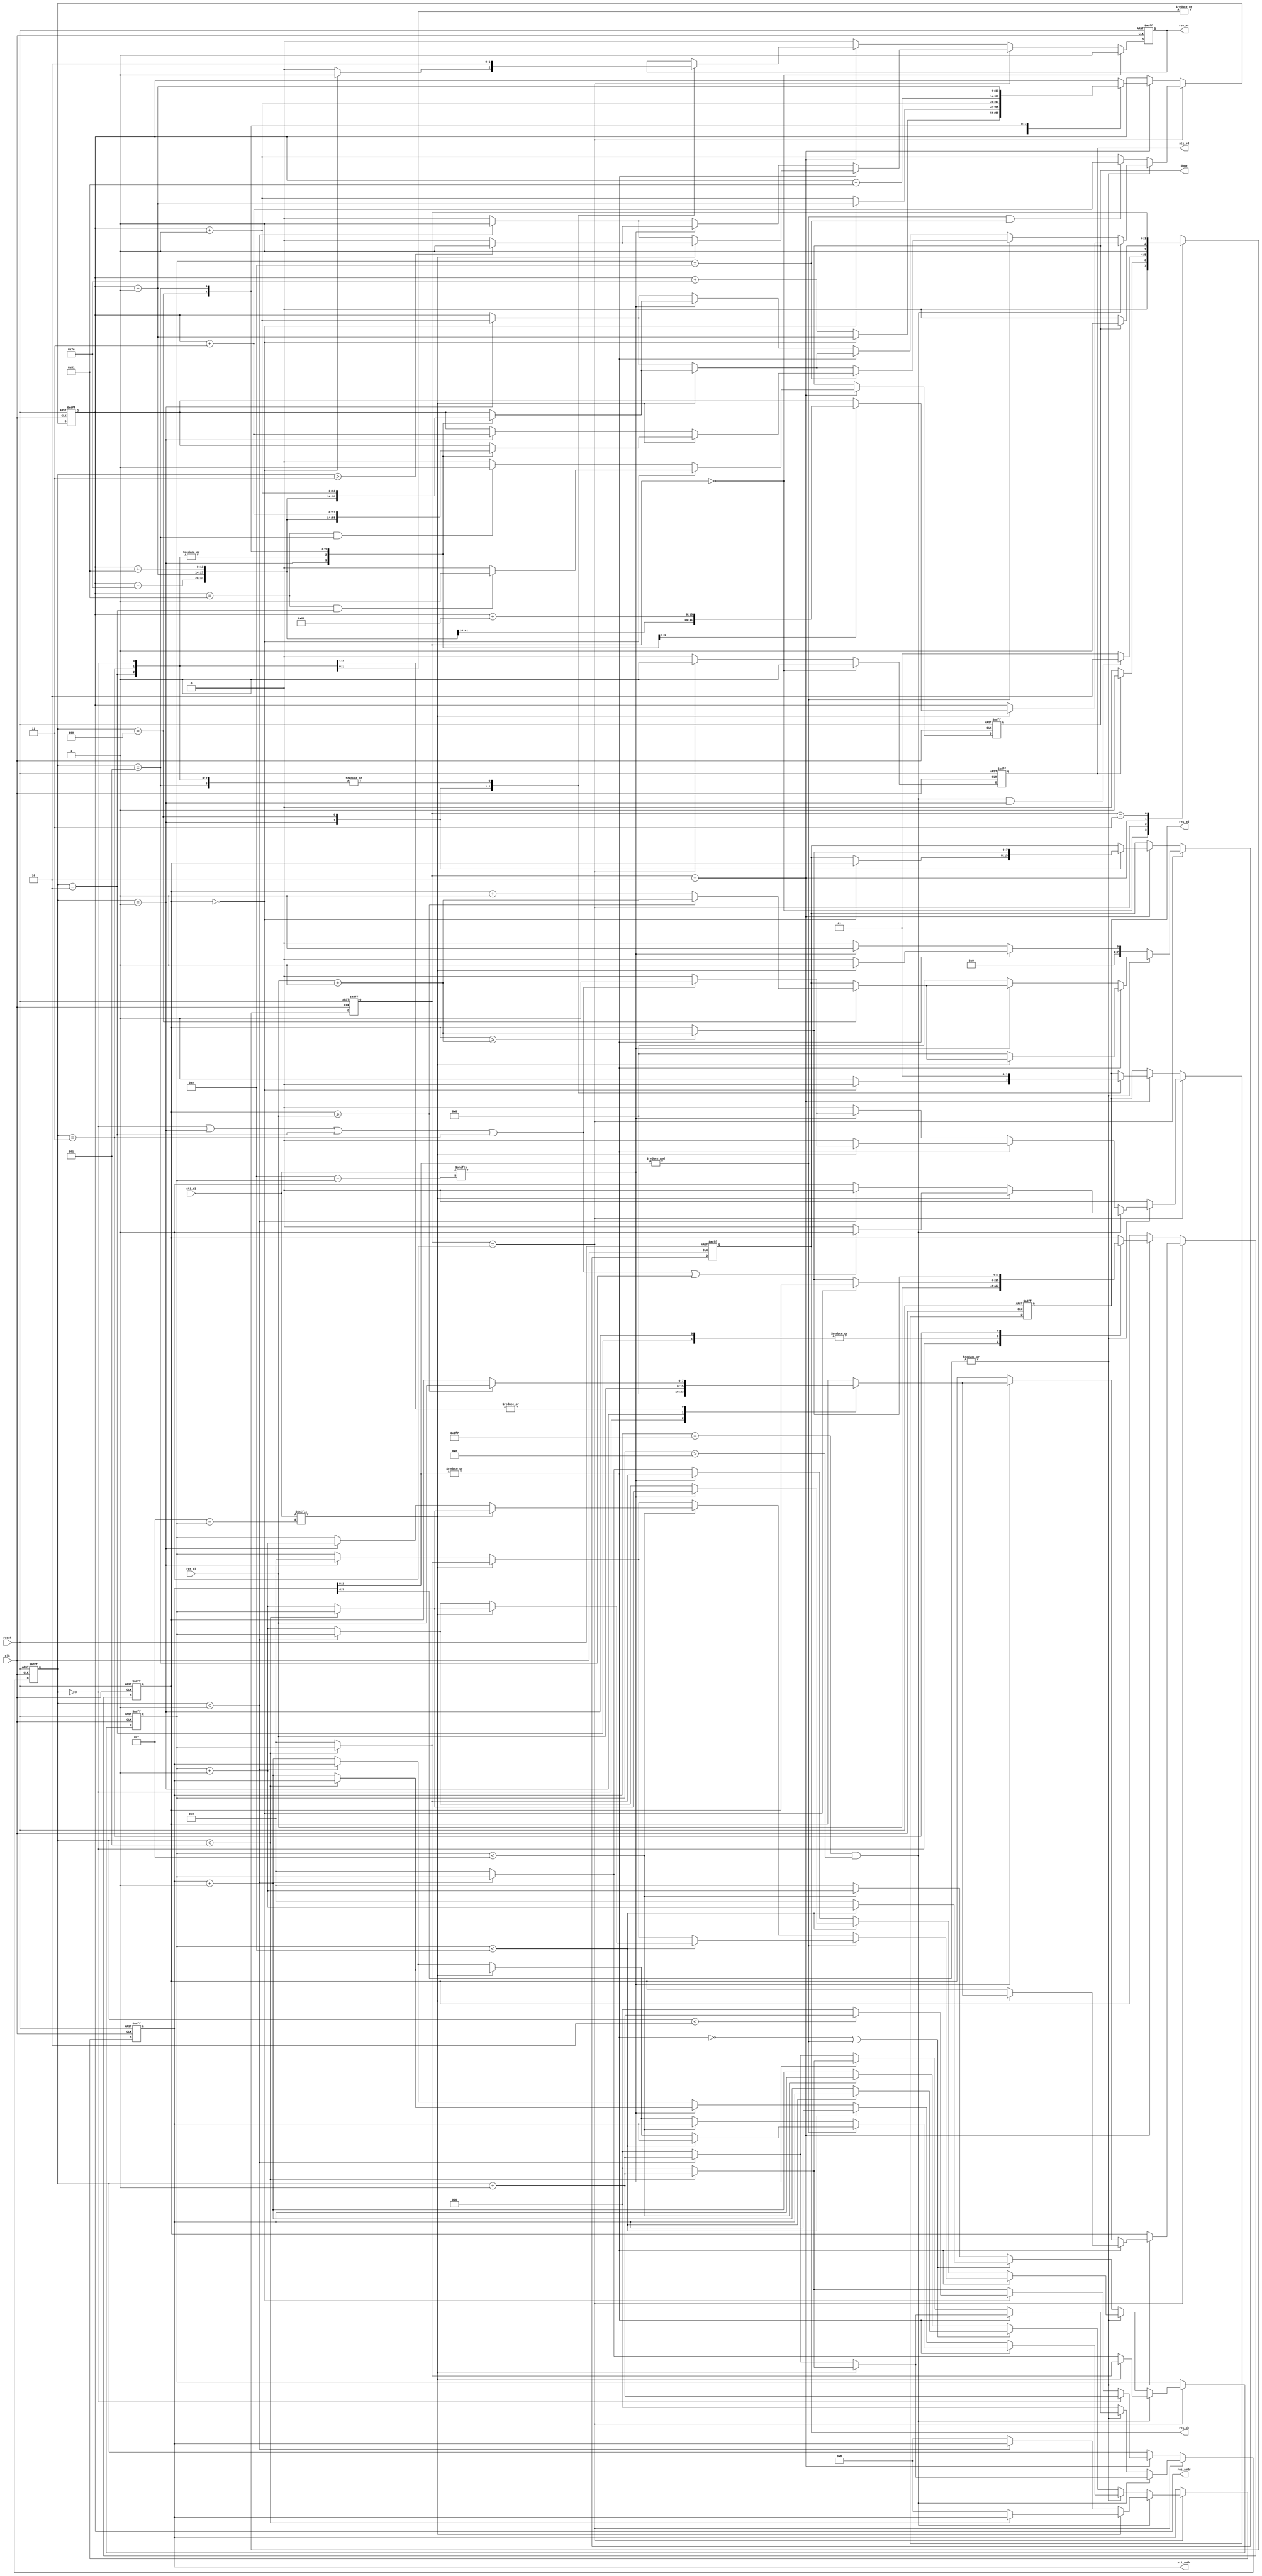
module DT(clk, reset, done, sti_rd, sti_addr, sti_di, res_wr, res_rd, res_addr, res_do, res_di);
input 			 clk;
input			 reset;
input[15:0]	     sti_di;
input[7:0]	     res_di;
output reg		 sti_rd;
output reg[9:0]	 sti_addr;
output reg		 res_wr;
output reg		 res_rd;
output reg[13:0] res_addr;
output reg[7:0]	 res_do;
output reg		 done;
//====================================================================
reg[1:0] state, next_state;
parameter[1:0] IDLE = 2'b00,TRANSFORM_FORWARD = 2'b01, TRANSFORM_BACKWARD = 2'b10, DONE = 2'b11;
reg[4:0] counter1;
reg[2:0] counter2;
reg[7:0] res_do_mem;
//====================================================================
//                 state                  //
always @(*)
begin
    case(state)
        IDLE :
        begin
            if(sti_rd)
                next_state = TRANSFORM_FORWARD;
            else
                next_state = IDLE;
        end

        TRANSFORM_FORWARD :
        begin
            if(sti_addr==10'd1015 && counter1>5'd13 && counter2 == 3'd1)
                next_state = TRANSFORM_BACKWARD;
            else
                next_state = TRANSFORM_FORWARD;
        end

        TRANSFORM_BACKWARD :
        begin
            if(done)
                next_state = DONE;
            else
                next_state = TRANSFORM_BACKWARD;
        end

        DONE :
            next_state = state;
    endcase
end

//                 state                  //
always @(posedge clk or negedge reset)
begin
    if(!reset)
        state <= IDLE;
    else
        state <= next_state;
end

//                 sti_rd                  //
always @(posedge clk or negedge reset)
begin
    if(!reset)
        sti_rd <= 1'd0;
    else if(state == IDLE)
        sti_rd <= 1'd1;
    else if(state == TRANSFORM_FORWARD)
        sti_rd <= 1'd1;
    else
        sti_rd <= 1'd0;
end

//             counter1 FORWARD15or16            //
always @(posedge clk or negedge reset)
begin
    if(!reset)
        counter1 <= 5'd0;
    else if(state == TRANSFORM_FORWARD)
    begin
        if(sti_addr==10'd1015 && counter1>5'd13)
        begin
            if(sti_di[5'd15 - counter1])
            begin
                if(counter2<3'd5)
                    counter1 <= counter1;
                else
                    counter1 <= 5'd0;
            end
            else
            begin
                if(counter2 < 3'd1)
                    counter1 <= counter1 ;
                else
                    counter1 <= 5'd0;
            end
        end
        else if(!(|sti_addr[9:4]))
        begin
            if(!(|sti_addr[2:0]) || (&sti_addr[2:0]))
            begin
                if(counter1<5'd14)
                    counter1 <= counter1 + 5'd1;
                else
                    counter1 <= 5'd0;
            end
            else
            begin
                if(counter1 <5'd15)
                    counter1 <= counter1 + 5'd1;
                else
                    counter1 <= 5'd0;
            end
        end
        else
        begin
            if(!(|sti_addr[2:0]))  //000
            begin
                if(counter1<5'd14)
                begin
                    if(sti_di[5'd14 - counter1])
                    begin
                        if(counter2<3'd5)
                            counter1 <= counter1;
                        else
                            counter1 <= counter1 + 5'd1;
                    end
                    else
                    begin
                        if(counter2 < 3'd1)
                            counter1 <= counter1;
                        else
                            counter1 <= counter1 + 5'd1;
                    end
                end
                else
                begin
                    if(sti_di[5'd14 - counter1])
                    begin
                        if(counter2<3'd5)
                            counter1 <= counter1;
                        else
                            counter1 <= 5'd0;
                    end
                    else
                    begin
                        if(counter2 < 3'd1)
                            counter1 <= counter1;
                        else
                            counter1 <= 5'd0;
                    end
                end
            end
            else if(&sti_addr[2:0])
            begin
                if(counter1<5'd14)
                begin
                    if(sti_di[5'd15 - counter1])
                    begin
                        if(counter2<3'd5)
                            counter1 <= counter1;
                        else
                            counter1 <= counter1 + 5'd1;
                    end
                    else
                    begin
                        if(counter2 < 3'd1)
                            counter1 <= counter1 ;
                        else
                            counter1 <= counter1 + 5'd1;
                    end
                end
                else
                begin
                    if(sti_di[5'd15 - counter1])
                    begin
                        if(counter2<3'd5)
                            counter1 <= counter1;
                        else
                            counter1 <= 5'd0;
                    end
                    else
                    begin
                        if(counter2 == 3'd1)
                            counter1 <= 5'd0;
                        else
                            counter1 <= counter1;
                    end
                end
            end
            else
            begin
                if(counter1<5'd15)
                begin
                    if(sti_di[5'd15 - counter1])
                    begin
                        if(counter2<3'd5)
                            counter1 <= counter1;
                        else
                            counter1 <= counter1 + 5'd1;
                    end
                    else
                    begin
                        if(counter2 == 3'd1)
                            counter1 <= counter1 +5'd1;
                        else
                            counter1 <= counter1;
                    end
                end
                else
                begin
                    if(sti_di[5'd15 - counter1])
                    begin
                        if(counter2<3'd5)
                            counter1 <= counter1;
                        else
                            counter1 <= 5'd0;
                    end
                    else
                    begin
                        if(counter2 == 3'd1)
                            counter1 <= 5'd0;
                        else
                            counter1 <= counter1;
                    end
                end
            end
        end
    end
    else
        counter1 <= counter1;
end

//                counter2 forward4(3) backword5(4)              //
always @(posedge clk or negedge reset)
begin
    if(!reset)
        counter2 <= 3'd0;
    else if(state == TRANSFORM_FORWARD)
    begin
        if(sti_addr==10'd1015 && counter1>5'd13)
        begin
            if(!sti_di[5'd15 - counter1])
            begin
                if(counter2 < 3'd1)
                    counter2 <= counter2 + 3'd1;
                else
                    counter2 <= 3'd0;
            end
            else
            begin
                if(counter2 < 3'd5)
                    counter2 <= counter2 + 3'd1;
                else
                    counter2 <= 3'd0;
            end
        end
        else if(!(|sti_addr[9:4]))
            counter2 <= 3'd0;
        else
        begin
            if(!(|sti_addr[2:0]))
            begin
                if(!sti_di[5'd14 - counter1])
                begin
                    if(counter2 < 3'd1)
                        counter2 <= counter2 + 3'd1;
                    else
                        counter2 <= 3'd0;
                end
                else
                begin
                    if(counter2 < 3'd5)
                        counter2 <= counter2 + 3'd1;
                    else
                        counter2 <= 3'd0;
                end
            end
            else if(&sti_addr[2:0])
            begin
                if(!sti_di[5'd15 - counter1])
                begin
                    if(counter2 < 3'd1)
                        counter2 <= counter2 + 3'd1;
                    else
                        counter2 <= 3'd0;
                end
                else
                begin
                    if(counter2 < 3'd5)
                        counter2 <= counter2 + 3'd1;
                    else
                        counter2 <= 3'd0;
                end
            end
            else
            begin
                if(!sti_di[5'd15 - counter1])
                begin
                    if(counter2 < 3'd1)
                        counter2 <= counter2 + 3'd1;
                    else
                        counter2 <= 3'd0;
                end
                else
                begin
                    if(counter2 < 3'd5)
                        counter2 <= counter2 + 3'd1;
                    else
                        counter2 <= 3'd0;
                end
            end
        end
    end
    else if(state == TRANSFORM_BACKWARD)
    begin
        if(!counter2)
            counter2 <= counter2 + 3'd1;
        else
        begin
            if(!res_do_mem)
            begin
                if(counter2 < 3'd2)
                    counter2 <= counter2 + 3'd1;
                else
                    counter2 <= 3'd0;
            end
            else
            begin
                if(counter2 < 3'd5)
                    counter2 <= counter2 + 3'd1;
                else
                    counter2 <= 3'd0;
            end
        end
    end
    else
        counter2 <= counter2;
end

//                 DATA_PASS   address                  //
always @(posedge clk or negedge reset)
begin
    if(!reset)
        sti_addr <= 10'd8;
    else if(state == TRANSFORM_FORWARD)
    begin
        if(sti_addr==10'd1015 && counter1>5'd13)
        begin
            if(sti_di[5'd15 - counter1])
            begin
                if(counter2 <3'd5)
                    sti_addr <= sti_addr;
                else
                    sti_addr <= 10'd8;
            end
            else
            begin
                if(counter2 < 3'd1)
                    sti_addr <= sti_addr;
                else
                    sti_addr <= 10'd8;
            end
        end
        else if(!(|sti_addr[9:4]))
        begin
            if(!(|sti_addr[2:0]) || (&sti_addr[2:0]))
            begin
                if(counter1<5'd14)
                    sti_addr <= sti_addr;
                else
                    sti_addr <= sti_addr + 10'd1;
            end
            else
            begin
                if(counter1<5'd15)
                    sti_addr <= sti_addr;
                else
                    sti_addr <= sti_addr + 10'd1;
            end
        end
        else if(!(|sti_addr[2:0]))
        begin
            if(counter1<5'd14)
                sti_addr <= sti_addr;
            else
            begin
                if(sti_di[5'd14 - counter1])
                begin
                    if(counter2 <3'd5)
                        sti_addr <= sti_addr;
                    else
                        sti_addr <= sti_addr + 10'd1;
                end
                else
                begin
                    if(counter2 < 3'd1)
                        sti_addr <= sti_addr;
                    else
                        sti_addr <= sti_addr + 10'd1;
                end
            end
        end
        else if(&sti_addr[2:0])
        begin
            if(counter1<5'd14)
                sti_addr <= sti_addr;
            else
            begin
                if(sti_di[5'd15 - counter1])
                begin
                    if(counter2 <3'd5)
                        sti_addr <= sti_addr;
                    else
                        sti_addr <= sti_addr + 10'd1;
                end
                else
                begin
                    if(counter2 < 3'd1)
                        sti_addr <= sti_addr;
                    else
                        sti_addr <= sti_addr + 10'd1;
                end
            end
        end
        else
        begin
            if(counter1<5'd15)
                sti_addr <= sti_addr;
            else
            begin
                if(sti_di[5'd15 - counter1])
                begin
                    if(counter2 <3'd5)
                        sti_addr <= sti_addr;
                    else
                        sti_addr <= sti_addr + 10'd1;
                end
                else
                begin
                    if(counter2 < 3'd1)
                        sti_addr <= sti_addr;
                    else
                        sti_addr <= sti_addr + 10'd1;
                end
            end
        end
    end
    else
        sti_addr <= sti_addr;
end

//                 res_wr                  //
always @(posedge clk or negedge reset)
begin
    if(!reset)
        res_wr <= 1'd0;
    else if(state == IDLE)
        res_wr <= 1'd1;
    else if(state == TRANSFORM_FORWARD)
    begin
        if(!(|sti_addr[9:4]))
        begin
            if(!(|sti_addr[2:0]))
            begin
                if(!sti_di[5'd14 - counter1])
                begin
                    if(counter2 < 3'd1)
                        res_wr <= 1'd1;
                    else
                        res_wr <= 1'd0;
                end
                else
                begin
                    if(counter2 >3'd3)
                        res_wr <= 1'd1;
                    else
                        res_wr <= 1'd0;
                end
            end
            else
            begin
                if(!sti_di[5'd15 - counter1])
                begin
                    if(counter2 < 3'd1)
                        res_wr <= 1'd1;
                    else
                        res_wr <= 1'd0;
                end
                else
                begin
                    if(counter2 > 3'd3)
                        res_wr <= 1'd1;
                    else
                        res_wr <= 1'd0;
                end
            end
        end
        else
        begin
            if(!(|sti_addr[2:0]))
            begin
                if(!sti_di[5'd14 - counter1])
                begin
                    if(counter2 < 3'd1)
                        res_wr <= 1'd1;
                    else
                        res_wr <= 1'd0;
                end
                else
                begin
                    if(counter2 >3'd3)
                        res_wr <= 1'd1;
                    else
                        res_wr <= 1'd0;
                end
            end
            else
            begin
                if(!sti_di[5'd15 - counter1])
                begin
                    if(counter2 < 3'd1)
                        res_wr <= 1'd1;
                    else
                        res_wr <= 1'd0;
                end
                else
                begin
                    if(counter2 > 3'd3)
                        res_wr <= 1'd1;
                    else
                        res_wr <= 1'd0;
                end
            end
        end
    end
    else if(state == TRANSFORM_BACKWARD)
    begin
        case(counter2)
            3'd0 :
                res_wr <= 1'd0;
            3'd1 :
            begin
                if(!res_do_mem)
                    res_wr <= 1'd1;
                else
                    res_wr <= 1'd0;
            end
            3'd2 :
                res_wr <= 1'd0;
            3'd3 :
                res_wr <= 1'd0;
            3'd4 :
                res_wr <= 1'd1;
            3'd5 :
                res_wr <= 1'd0;
            default :
                res_wr <= res_wr;
        endcase
    end
    else
        res_wr <= 1'd0;
end

//                 res_rd                  //
always @(posedge clk or negedge reset)
begin
    if(!reset)
        res_rd <= 1'd0;
    else if(state == TRANSFORM_FORWARD)
    begin
        if(!(|sti_addr[9:4]))
            res_rd <= 1'd0;
        else if(sti_addr==10'd1015 && counter1>5'd13)
        begin
            if(!sti_di[5'd15 - counter1])
            begin
                if(counter2 < 1'd1)
                    res_rd <= 1'd0;
                else
                    res_rd <= 1'd1;
            end
            else
            begin
                if(counter2 == 3'd0 || counter2 == 3'd1 || counter2 == 3'd2 || counter2 == 3'd3 || counter2 == 3'd5)
                    res_rd <= 1'd1;
                else
                    res_rd <= 1'd0;
            end
        end
        else
        begin
            if(!(|sti_addr[2:0]))
            begin
                if(!sti_di[5'd14 - counter1])
                    res_rd <= 1'd0;
                else
                begin
                    if(counter2 == 3'd0 || counter2 == 3'd1 || counter2 == 3'd2 || counter2 == 3'd3)
                        res_rd <= 1'd1;
                    else
                        res_rd <= 1'd0;
                end
            end
            else
            begin
                if(!sti_di[5'd15 - counter1])
                    res_rd <= 1'd0;
                else
                begin
                    if(counter2 == 3'd0 || counter2 == 3'd1 || counter2 == 3'd2 || counter2 == 3'd3)
                        res_rd <= 1'd1;
                    else
                        res_rd <= 1'd0;
                end
            end
        end
    end
    else if(state == TRANSFORM_BACKWARD)
    begin
        case(counter2)
            3'd0 :
                res_rd <= 1'd1;
            3'd1 :
            begin
                if(!res_do_mem)
                    res_rd <= 1'd0;
                else
                    res_rd <= 1'd1;
            end
            3'd2 :
                res_rd <= 1'd1;
            3'd3 :
                res_rd <= 1'd1;
            3'd4 :
                res_rd <= 1'd0;
            3'd5 :
                res_rd <= 1'd1;
            default :
                res_rd <= res_rd;
        endcase

    end
end
//                 TRANSFORM_FORWARDres_do                 //
always @(posedge clk or negedge reset)
begin
    if(!reset)
    begin
        res_do <= 8'd0;
        res_do_mem <= 8'd0;
    end
    else if(state == TRANSFORM_FORWARD)
    begin
        if(!(|sti_addr[9:4]))   // 
        begin
            if(!(|sti_addr[2:0]))
            begin
                if(sti_di[5'd14 - counter1])
                    res_do <= 8'd1;
                else
                    res_do <= 8'd0;
            end
            else
            begin
                if(sti_di[5'd15 - counter1])
                    res_do <= 8'd1;
                else
                    res_do <= 8'd0;
            end
        end
        else
        begin
            if(!(|sti_addr[2:0]))
            begin
                if(!sti_di[5'd14 - counter1])
                    res_do <= 8'd0;
                else
                begin
                    case(counter2)
                        3'd0 :
                            res_do_mem <= 8'd0;
                        3'd1 :
                            res_do_mem <= res_di;

                        3'd2 :
                        begin
                            if(res_do_mem >= res_di)
                                res_do_mem <= res_di;
                            else
                                res_do_mem<= res_do_mem;
                        end

                        3'd3 :
                        begin
                            if(res_do_mem >= res_di)
                                res_do_mem <= res_di;
                            else
                                res_do_mem<= res_do_mem;
                        end

                        3'd4 :
                        begin
                            if(res_do_mem >= res_di)
                                res_do <= res_di + 8'd1;
                            else
                                res_do<= res_do_mem + 8'd1;
                        end
                        3'd5:
                            res_do <= res_do;

                        default :
                        begin
                            res_do_mem<= res_do_mem;
                            res_do <= res_do;
                        end
                    endcase
                end
            end
            else
            begin
                if(!sti_di[5'd15 - counter1])
                    res_do <= 8'd0;
                else
                begin
                    case(counter2)
                        3'd0 :
                            res_do_mem <= 1'd0;
                        3'd1 :
                            res_do_mem <= res_di;

                        3'd2 :
                        begin
                            if(res_do_mem >= res_di)
                                res_do_mem <= res_di;
                            else
                                res_do_mem<= res_do_mem;
                        end

                        3'd3 :
                        begin
                            if(res_do_mem >= res_di)
                                res_do_mem <= res_di;
                            else
                                res_do_mem<= res_do_mem;
                        end

                        3'd4 :
                        begin
                            if(res_do_mem >= res_di)
                                res_do <= res_di + 8'd1;
                            else
                                res_do<= res_do_mem + 8'd1;
                        end
                        3'd5:
                            res_do <= res_do;

                        default :
                        begin
                            res_do_mem<= res_do_mem;
                            res_do <= res_do;
                        end
                    endcase
                end
            end
        end
    end
    else if(state == TRANSFORM_BACKWARD)
    begin
        begin
            case(counter2)
                3'd0 :
                    res_do_mem <= res_di;
                3'd1 :
                begin
                    if(!res_do_mem)
                    begin
                        res_do <= res_do_mem;
                        res_do_mem <= res_do_mem;
                    end
                    else
                    begin
                        if(res_do_mem >= (res_di + 8'd1))
                            res_do_mem <= res_di + 8'd1;
                        else
                            res_do_mem<= res_do_mem;
                    end
                end

                3'd2 :
                begin
                    if(!res_do_mem)
                        res_do_mem<= res_do_mem;
                    else
                    begin
                        if(res_do_mem >= (res_di + 8'd1))
                            res_do_mem <= res_di + 8'd1;
                        else
                            res_do_mem<= res_do_mem;
                    end
                end

                3'd3 :
                begin
                    if(res_do_mem >= (res_di + 8'd1))
                        res_do_mem <= res_di + 8'd1;
                    else
                        res_do_mem<= res_do_mem;
                end

                3'd4 :
                begin
                    if(res_do_mem >= (res_di + 8'd1))
                        res_do <= res_di + 8'd1;
                    else
                        res_do<= res_do_mem;
                end
                3'd5:
                    res_do <= res_do;

                default :
                begin
                    res_do_mem<= res_do_mem;
                    res_do <= res_do;
                end
            endcase
        end
    end
    else
    begin
        res_do_mem<= res_do_mem;
        res_do <= res_do;
    end
end

//                 RES_addr                  //
always @(posedge clk or negedge reset)
begin
    if(!reset)
        res_addr <= 14'd129;
    else if(state == TRANSFORM_FORWARD)
    begin
        if(!(|sti_addr[9:4]))
        begin
            if((&sti_addr[2:0]) && counter1 == 5'd14)
                res_addr <= res_addr + 14'd3;
            else
                res_addr <= res_addr + 14'd1;
        end
        else if((sti_addr==10'd1015 && counter1>5'd13))
        begin
            if(!sti_di[5'd15 - counter1])
                res_addr <= res_addr;
            else
            begin
                case(counter2)
                    3'd0 :
                        res_addr <= res_addr - 14'd1;

                    3'd1 :
                        res_addr <= res_addr - 14'd126;

                    3'd2 :
                        res_addr <= res_addr - 14'd1;

                    3'd3 :
                        res_addr <= res_addr - 14'd1;

                    3'd4 :
                        res_addr <= res_addr + 14'd128;

                    3'd5 :
                        res_addr <= res_addr;

                    default :
                        res_addr <= res_addr;
                endcase
            end
        end
        else
        begin
            if(&sti_addr[2:0])
            begin
                if(counter1 == 5'd14)
                begin
                    if(!sti_di[5'd15 - counter1])
                    begin
                        if(counter2 == 3'd1)
                            res_addr <= res_addr +5'd3;
                        else
                            res_addr <= res_addr;
                    end
                    else
                    begin
                        case(counter2)
                            3'd0 :
                                res_addr <= res_addr - 14'd1;

                            3'd1 :
                                res_addr <= res_addr - 14'd126;

                            3'd2 :
                                res_addr <= res_addr - 14'd1;

                            3'd3 :
                                res_addr <= res_addr - 14'd1;

                            3'd4 :
                                res_addr <= res_addr + 14'd129;

                            3'd5 :
                                res_addr <= res_addr + 14'd3;

                            default :
                                res_addr <= res_addr;
                        endcase
                    end
                end
                else
                begin
                    if(!sti_di[5'd15 - counter1])
                    begin
                        if(counter2 == 3'd1)
                            res_addr <= res_addr +5'd1;
                        else
                            res_addr <= res_addr;
                    end
                    else
                    begin
                        case(counter2)
                            3'd0 :
                                res_addr <= res_addr - 14'd1;

                            3'd1 :
                                res_addr <= res_addr - 14'd126;

                            3'd2 :
                                res_addr <= res_addr - 14'd1;

                            3'd3 :
                                res_addr <= res_addr - 14'd1;

                            3'd4 :
                                res_addr <= res_addr + 14'd129;

                            3'd5 :
                                res_addr <= res_addr + 14'd1;

                            default :
                                res_addr <= res_addr;
                        endcase
                    end
                end
            end

            else if(!(|sti_addr[2:0]))
            begin
                if(!sti_di[5'd14 - counter1])
                begin
                    if(counter2 == 3'd1)
                        res_addr <= res_addr +5'd1;
                    else
                        res_addr <= res_addr;
                end
                else
                begin
                    case(counter2)
                        3'd0 :
                            res_addr <= res_addr - 14'd1;

                        3'd1 :
                            res_addr <= res_addr - 14'd126;

                        3'd2 :
                            res_addr <= res_addr - 14'd1;

                        3'd3 :
                            res_addr <= res_addr - 14'd1;

                        3'd4 :
                            res_addr <= res_addr + 14'd129;
                        3'd5 :
                            res_addr <= res_addr + 14'd1;
                        default :
                            res_addr <= res_addr;
                    endcase
                end
            end
            else
            begin
                if(!sti_di[5'd15 - counter1])
                begin
                    if(counter2 == 3'd1)
                        res_addr <= res_addr +5'd1;
                    else
                        res_addr <= res_addr;
                end
                else
                begin
                    case(counter2)
                        3'd0 :
                            res_addr <= res_addr - 14'd1;

                        3'd1 :
                            res_addr <= res_addr - 14'd126;

                        3'd2 :
                            res_addr <= res_addr - 14'd1;

                        3'd3 :
                            res_addr <= res_addr - 14'd1;

                        3'd4 :
                            res_addr <= res_addr + 14'd129;

                        3'd5 :
                            res_addr <= res_addr + 14'd1;

                        default :
                            res_addr <= res_addr;
                    endcase
                end
            end

        end
    end
    else if(state == TRANSFORM_BACKWARD)
    begin
        case(counter2)
            3'd0 :
                res_addr <= res_addr + 14'd1;

            3'd1 :
            begin
                if(!res_do_mem)
                    res_addr <= res_addr - 14'd1;
                else
                    res_addr <= res_addr + 14'd126;
            end
            3'd2 :
            begin
                if(!res_do_mem)
                    res_addr <= res_addr - 14'd1;
                else
                    res_addr <= res_addr + 14'd1;
            end
            3'd3 :
                res_addr <= res_addr + 14'd1;

            3'd4 :
                res_addr <= res_addr - 14'd129;

            3'd5 :
                res_addr <= res_addr - 14'd1;

            default :
                res_addr <= res_addr;
        endcase
    end
    else
        res_addr <= res_addr;
end


//                 done                 //
always @(posedge clk or negedge reset)
begin
    if(!reset)
        done <= 1'd0;
    else if(state == TRANSFORM_BACKWARD)
    begin
        if(!res_do_mem)
        begin
            if(res_addr == 14'd129 && counter2 == 3'd2)
                done <= 1'd1;
            else
                done <= 1'd0;
        end
        else
        begin
            if(res_addr == 14'd129 && counter2 == 3'd5)
                done <= 1'd1;
            else
                done <= 1'd0;
        end
    end
    else
        done <= done;
end

endmodule